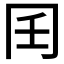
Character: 𰃧